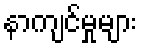
နာကျင်မှုများ